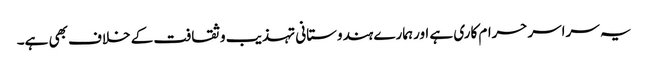
یہ سراسرحرام کاری ہے اورہمارے ہندوستانی تہذیب وثقافت کے خلاف بھی ہے۔